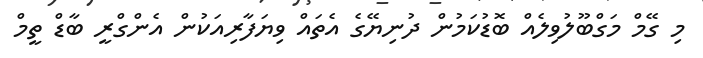
މި ގޭމް މަގްބޫލުވިލެއް ބޮޑުކަމުން ދުނިޔޭގެ އެތައް ވިޔަފާރިއަކުން އެންގްރީ ބާޑް ތީމް